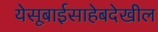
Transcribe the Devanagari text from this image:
येसूबाईसाहेबदेखील